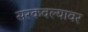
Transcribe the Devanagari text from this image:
सरकवल्यावर